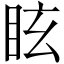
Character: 眩